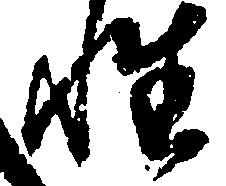
性